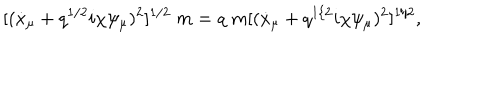
[ ( \dot { x } _ { \mu } + q ^ { 1 / 2 } i \chi \psi _ { \mu } ) ^ { 2 } ] ^ { 1 / 2 } \; m = q \; m [ ( \dot { x } _ { \mu } + q ^ { 1 / 2 } i \chi \psi _ { \mu } ) ^ { 2 } ] ^ { 1 / 2 } ,